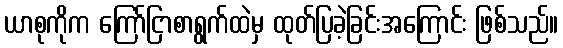
ယာစုကိုက ကြော်ငြာစာရွက်ထဲမှ ထုတ်ပြခဲ့ခြင်းအကြောင်း ဖြစ်သည်။